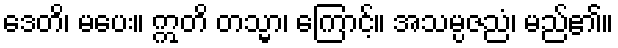
ဒေတိ၊ မပေး။ ဣတိ တသ္မာ၊ ကြောင့်။ အသမ္ပဇညံ၊ မည်၏။